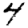
Digit: 4